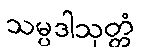
သမ္ပဒါသုတ္တံ